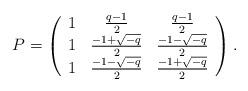
LaTeX: \begin{align*}P&=\left(\begin{array}{cccccc} 1 & \frac{q-1}{2} & \frac{q-1}{2} \\ 1 & \frac{-1+\sqrt{-q}}{2} & \frac{-1-\sqrt{-q}}{2} \\ 1 & \frac{-1-\sqrt{-q}}{2} & \frac{-1+\sqrt{-q}}{2}\end{array}\right).\end{align*}